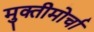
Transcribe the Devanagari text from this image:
मुक्तीमोर्चा